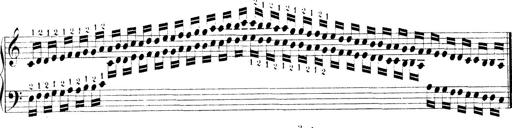
Title: Technische Studien
Composer: Franz Liszt